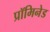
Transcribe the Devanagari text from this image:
प्रॉमिनेड